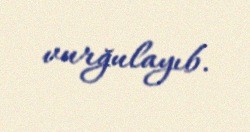
vurğulayıb.